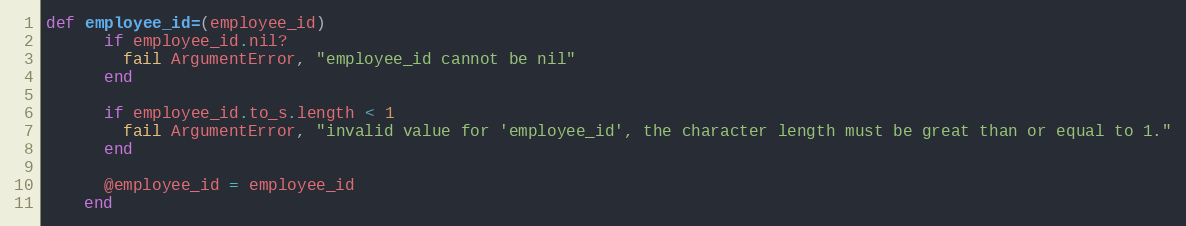
Language: Ruby
def employee_id=(employee_id)
      if employee_id.nil?
        fail ArgumentError, "employee_id cannot be nil"
      end

      if employee_id.to_s.length < 1
        fail ArgumentError, "invalid value for 'employee_id', the character length must be great than or equal to 1."
      end

      @employee_id = employee_id
    end